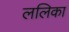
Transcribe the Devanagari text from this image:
ललिका